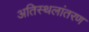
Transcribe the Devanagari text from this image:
अतिस्थलांतरण